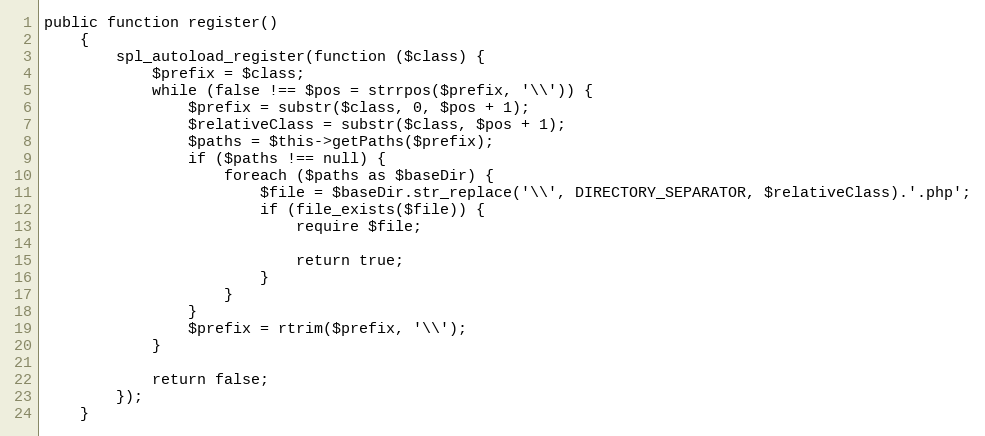
Language: PHP
public function register()
    {
        spl_autoload_register(function ($class) {
            $prefix = $class;
            while (false !== $pos = strrpos($prefix, '\\')) {
                $prefix = substr($class, 0, $pos + 1);
                $relativeClass = substr($class, $pos + 1);
                $paths = $this->getPaths($prefix);
                if ($paths !== null) {
                    foreach ($paths as $baseDir) {
                        $file = $baseDir.str_replace('\\', DIRECTORY_SEPARATOR, $relativeClass).'.php';
                        if (file_exists($file)) {
                            require $file;

                            return true;
                        }
                    }
                }
                $prefix = rtrim($prefix, '\\');
            }

            return false;
        });
    }